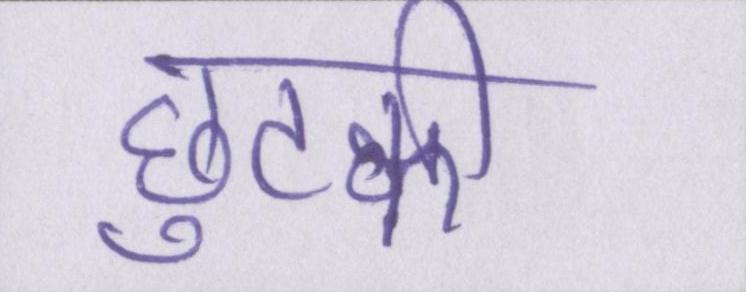
छुटकी